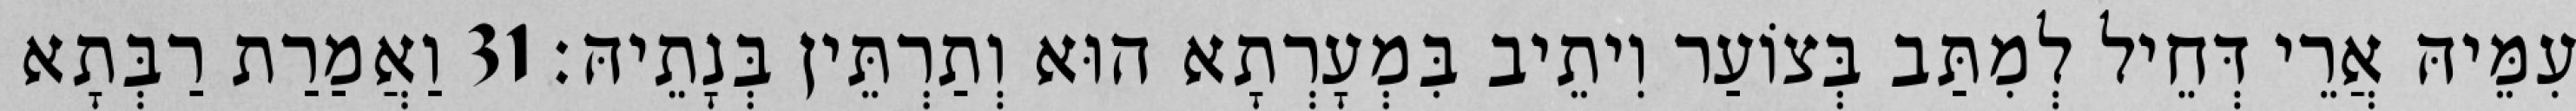
עִמֵּיהּ אֲרֵי דְּחֵיל לְמִתַּב בְּצוֹעַר וִיתֵיב בִּמְעָרְתָא הוּא וְתַרְתֵּין בְּנָתֵיהּ׃ 31 וַאֲמַרַת רַבְּתָא